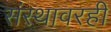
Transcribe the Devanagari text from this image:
संस्थावरही